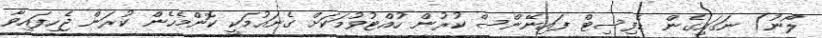
ލޯނު) ނަގައިގެން ޑެފިސިޓް ފައިނޭންސް ކުރުން ހުއްޓުވުމަކަށް ގެނައުމަކީ ކޮންމެހެން ކުރަން ޖެހިފައިވާ